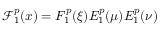
\mathcal { F } _ { 1 } ^ { p } ( \boldsymbol { x } ) = F _ { 1 } ^ { p } ( \xi ) E _ { 1 } ^ { p } ( \mu ) E _ { 1 } ^ { p } ( \nu )